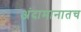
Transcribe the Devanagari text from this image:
अंदामानातच